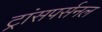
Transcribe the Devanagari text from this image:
ट्रांसपर्सनल